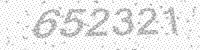
Solution: 652321